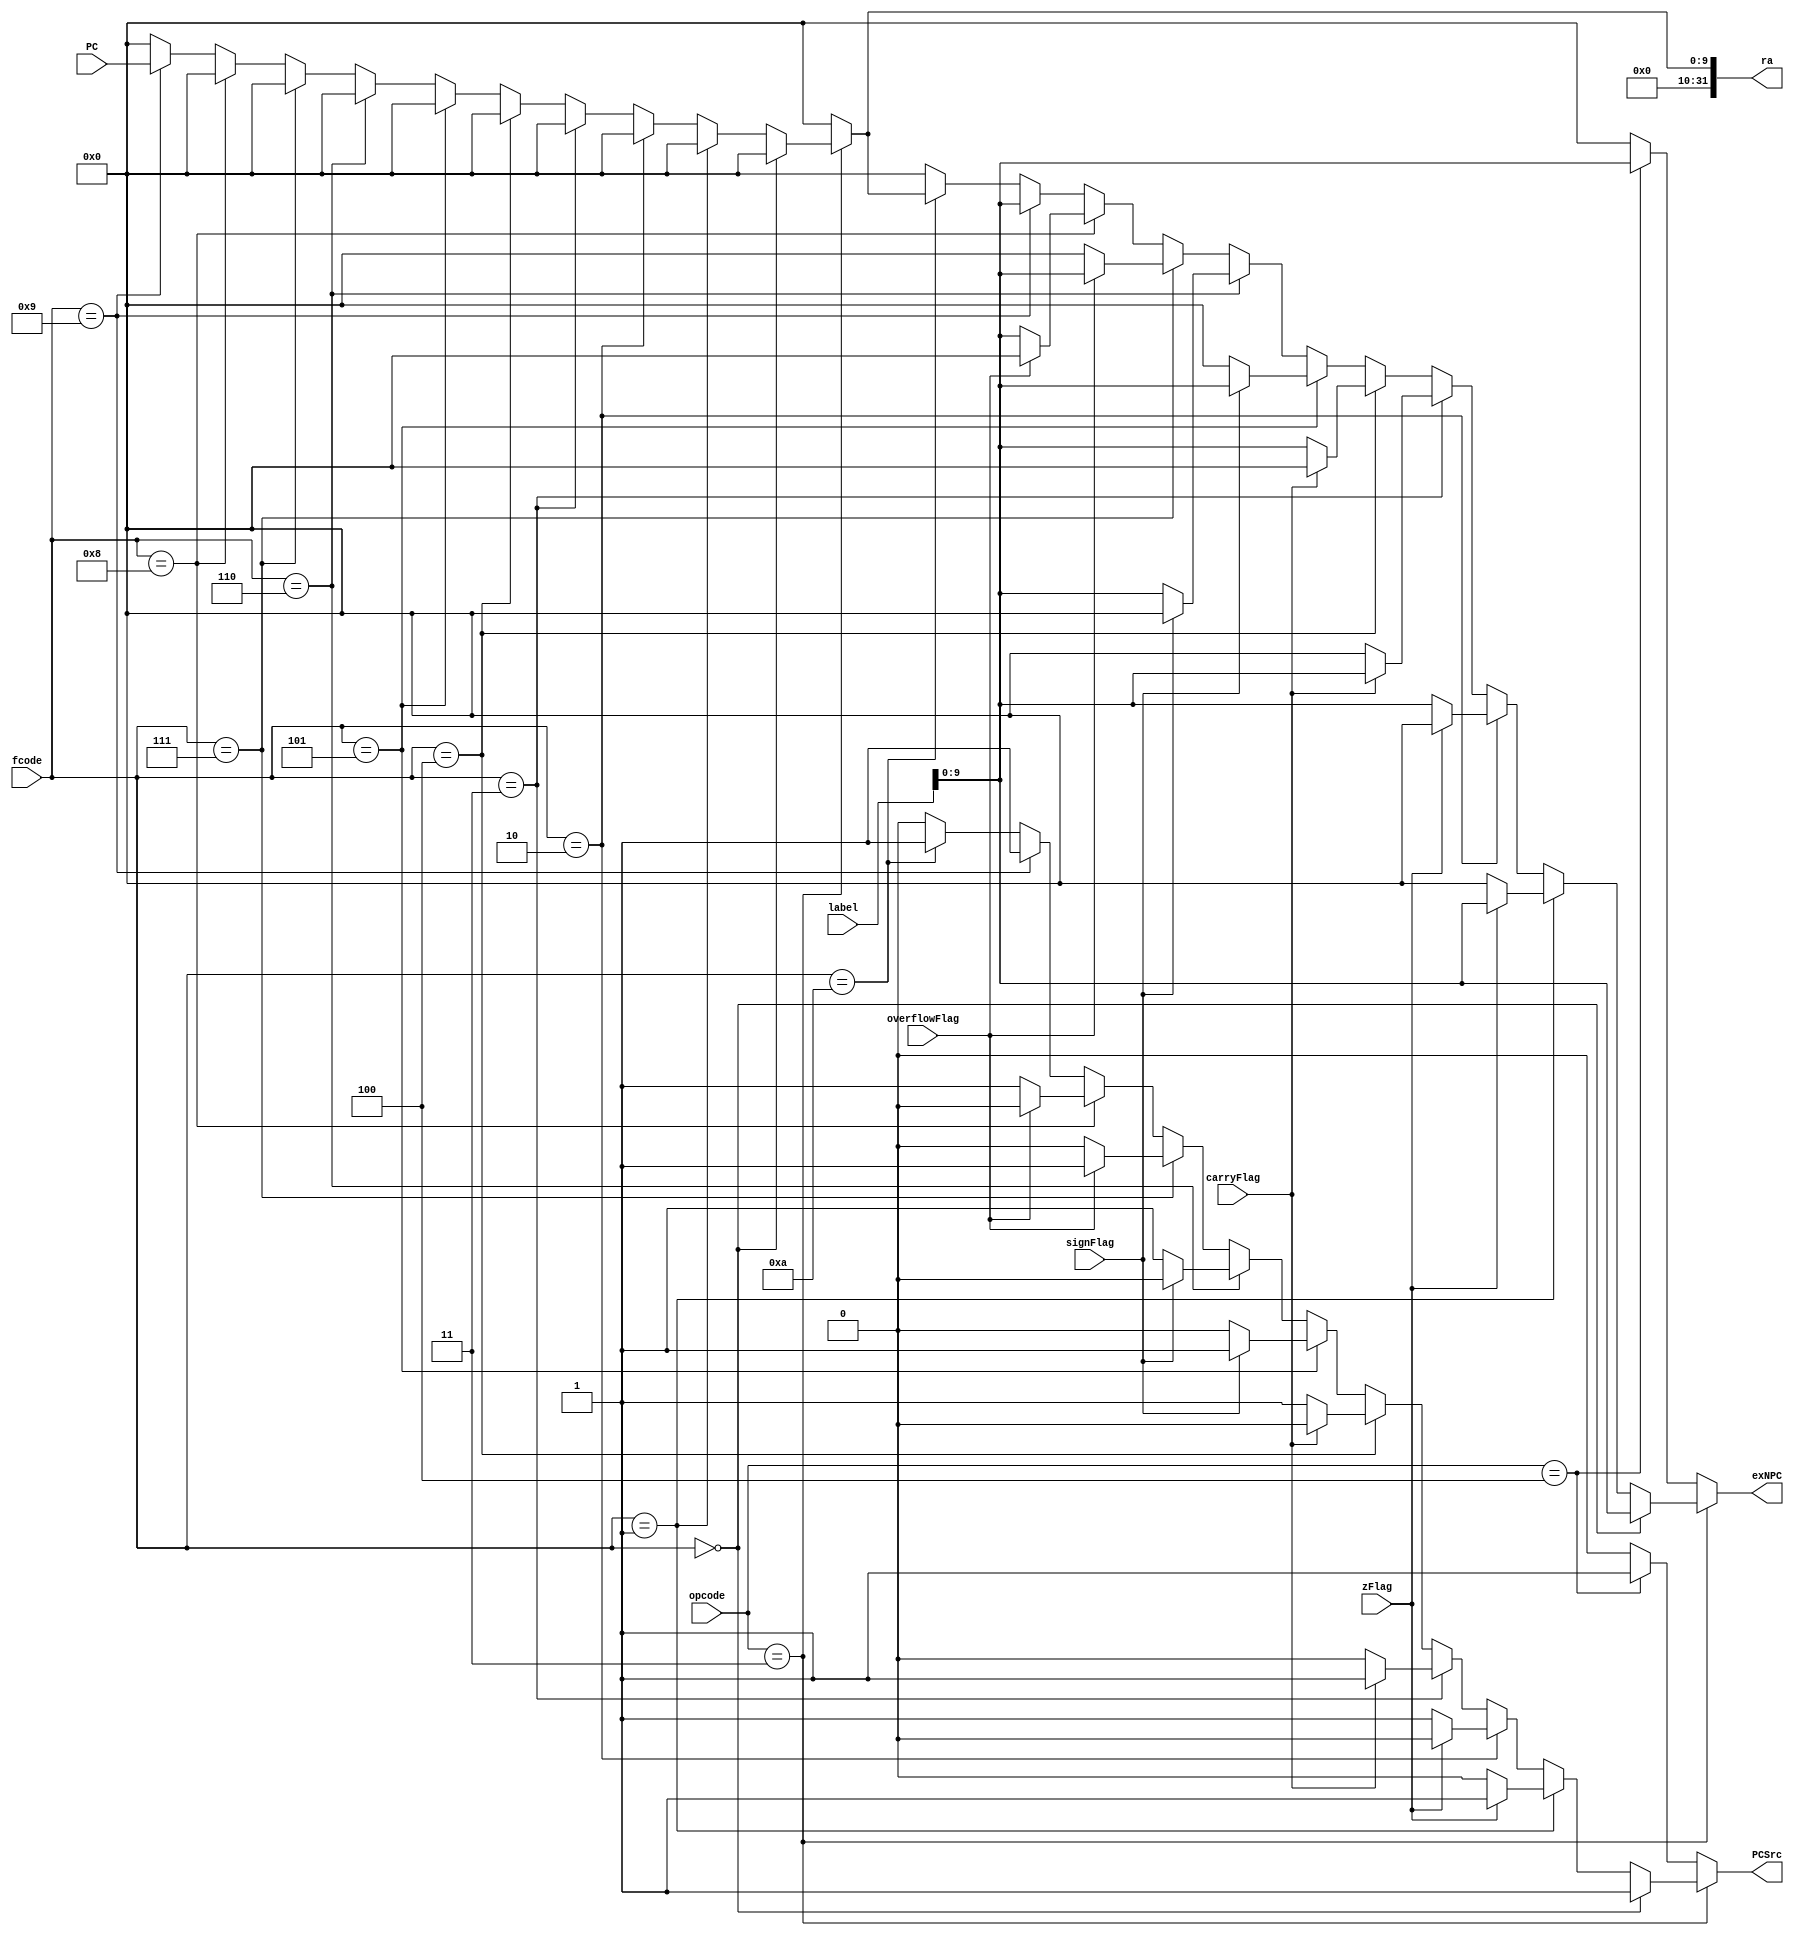
`timescale 1ns / 1ps

//Handles Branch Cases
//16CS10058 Lovish Chopra
//16CS10057 Himanshu Mundhra

module branch(
    input [2:0] opcode,
    input [3:0] fcode,
	 input [24:0] label,
    input carryFlag,
    input zFlag,
    input overflowFlag,
    input signFlag,
	 input [9:0] PC,
    output reg [9:0] exNPC,
	 output reg PCSrc,
	 output reg [31:0] ra
    );
	
initial begin
	exNPC<=0;
	PCSrc<=0;
	ra<=0;
	end
always @(opcode or fcode or label or carryFlag or zFlag or overflowFlag or signFlag)
	begin
	ra<=0;    //ra is 0 by default
		if(opcode==3'b011)     //if we are branching
			begin
				if(fcode==4'b0)
							begin       //b
								exNPC<=label[9:0];
								PCSrc<=1;
							end
				else if(fcode==4'b0001)
						  begin       //bz
								if(zFlag==1) 
									begin
										exNPC<=label[9:0];
										PCSrc<=1;
									end
								else 
									begin
									PCSrc<=0;
									exNPC<=0;
									end
							end
				else if(fcode==4'd2)
						  begin		//bnz
								if(zFlag==0) 
									begin
										exNPC<=label[9:0];
										PCSrc<=1;
									end
								else 
									begin
									PCSrc<=0;
									exNPC<=0;
									end
							end
				else if(fcode==4'd3)
						  begin		//bcy
								if(carryFlag==1) 
									begin
										exNPC<=label[9:0];
										PCSrc<=1;
									end
								else 
									begin
									PCSrc<=0;
									exNPC<=0;
									end
							end
				else if(fcode==4'd4)
						  begin		//bncy
								if(carryFlag==0) 
									begin
										exNPC<=label[9:0];
										PCSrc<=1;
									end
								else 
									begin
									PCSrc<=0;
									exNPC<=0;
									end
							end
				else if(fcode==4'd5)
						  begin		//bs
								if(signFlag==1) 
									begin
										exNPC<=label[9:0];
										PCSrc<=1;
									end
								else 
									begin
									PCSrc<=0;
									exNPC<=0;
									end
							end
				else if(fcode==4'd6)
						  begin	//bns
								if(signFlag==0) 
									begin
										exNPC<=label[9:0];
										PCSrc<=1;
									end
								else 
									begin
									PCSrc<=0;
									exNPC<=0;
									end
							end
				else if(fcode==4'd7)
						  begin	//bv
								if(overflowFlag==1) 
									begin
										exNPC<=label[9:0];
										PCSrc<=1;
									end
								else 
									begin
									PCSrc<=0;
									exNPC<=0;
									end
							end
				else if(fcode==4'd8)
						  begin	//bnv
								if(overflowFlag==0) 
									begin
										exNPC<=label[9:0];
										PCSrc<=1;
									end
								else 
									begin
									PCSrc<=0;
									exNPC<=0;
									end
							end
				else if(fcode==4'd9)
						  begin		//call
								exNPC<=label[9:0];
								PCSrc<=1;
								ra<=PC;   //Store the PC 
							end
				else if(fcode==4'd10)
						  begin //return
								exNPC<=ra[9:0];
								PCSrc<=1;
							end
				else    
							begin //default case
								PCSrc<=0;
								exNPC<=0;
							end
			end
			
			else if(opcode==3'b100)
				begin
				exNPC<=label[9:0];
				PCSrc<=1;
				end
				
			else
				begin
					PCSrc<=0;
					exNPC<=0;
				end
		end
endmodule